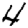
Digit: 4